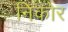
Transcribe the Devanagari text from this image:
निकोर